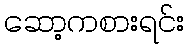
ဆော့ကစားရင်း